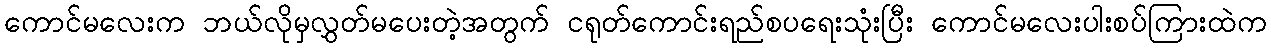
ကောင်မလေးက ဘယ်လိုမှလွှတ်မပေးတဲ့အတွက် ငရုတ်ကောင်းရည်စပရေးသုံးပြီး ကောင်မလေးပါးစပ်ကြားထဲက